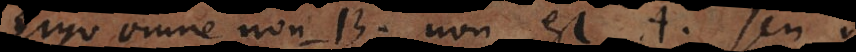
Ergo omne non‐B non est A, seu: